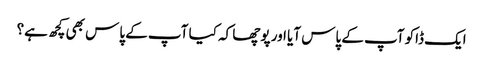
ایک ڈاکو آپ کے پاس آیا اور پوچھا کہ کیا آپ کے پاس بھی کچھ ہے؟